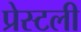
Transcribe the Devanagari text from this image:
प्रेस्टली